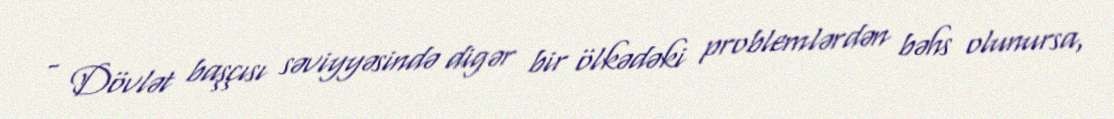
- Dövlət başçısı səviyyəsində digər bir ölkədəki problemlərdən bəhs olunursa,